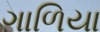
ગાળિયા